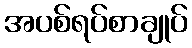
အပစ်ရပ်စာချုပ်